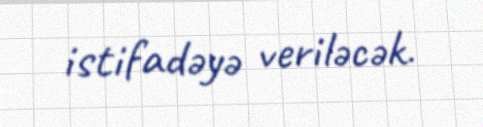
istifadəyə veriləcək.